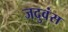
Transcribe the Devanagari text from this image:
जदुवंस